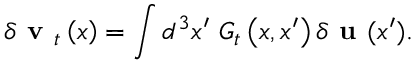
\delta \textbf { v } _ { t } \left( x \right) = \int d ^ { 3 } x ^ { \prime } \ G _ { t } \left( x , x ^ { \prime } \right) \delta \textbf { u } ( x ^ { \prime } ) .